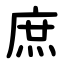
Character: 庶